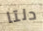
دلتا